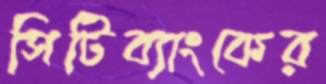
সিটিব্যাংকের